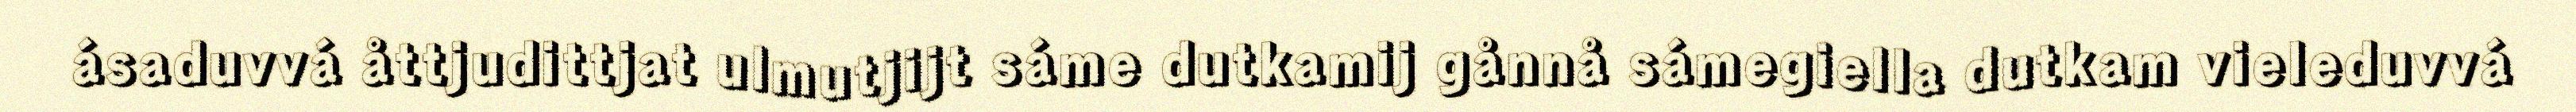
ásaduvvá åttjudittjat ulmutjijt sáme dutkamij gånnå sámegiella dutkam vieleduvvá